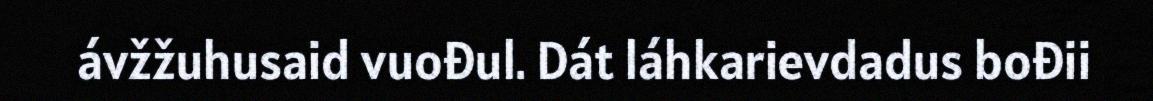
ávžžuhusaid vuođul. Dát láhkarievdadus bođii